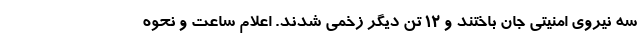
سه نیروی امنیتی جان باختند و ۱۲ تن دیگر زخمی شدند. اعلام ساعت و نحوه